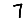
Digit: 7